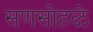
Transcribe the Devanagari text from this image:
सणसोहळे